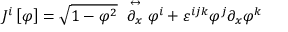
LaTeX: J ^ { i } \left[ \varphi \right] = \sqrt { 1 - \varphi ^ { 2 } } ~ \stackrel { \leftrightarrow } { \partial _ { x } } \varphi ^ { i } + \varepsilon ^ { i j k } \varphi ^ { j } \partial _ { x } \varphi ^ { k }